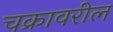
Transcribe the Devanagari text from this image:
चक्रावरील